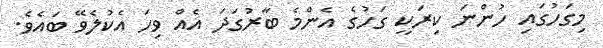
މިގަހުގައި ހުންނަ ކިރަކީ ގަހުގެ އެންމެ ބާރުގަދަ އެއް ވިހަ އެކުލެވޭ ބައެވެ.